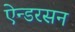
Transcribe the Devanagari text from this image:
ऐन्डरसन